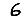
Digit: 6